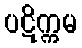
ပဋိက္ကမ